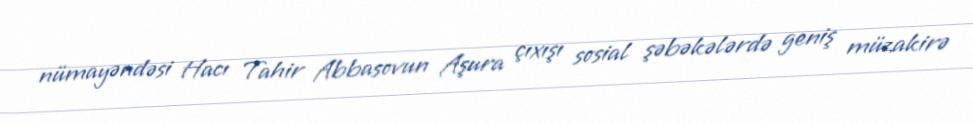
nümayəndəsi Hacı Tahir Abbasovun Aşura çıxışı sosial şəbəkələrdə geniş müzakirə